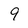
Character: 9